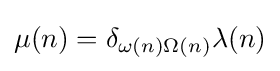
\mu (n)=\delta _{\omega (n)\Omega (n)}\lambda (n)